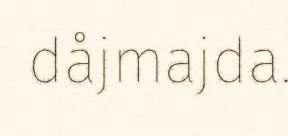
dåjmajda.